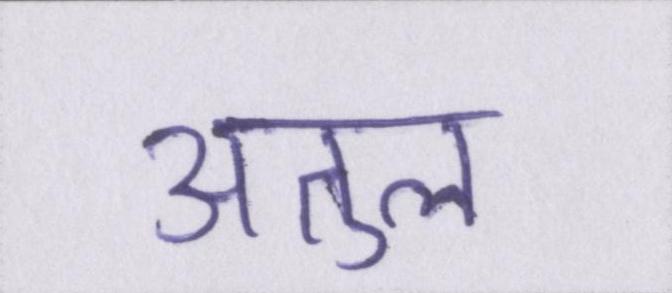
अतुल